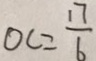
O C = \frac { 1 7 } { 6 }